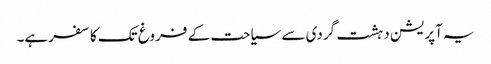
یہ آپریشن دہشت گردی سے سیاحت کے فروغ تک کا سفرہے۔